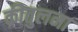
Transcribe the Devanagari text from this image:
कीतुलना